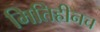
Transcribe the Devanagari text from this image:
मितिहीनच